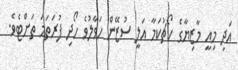
އަދި މިއީ މާޒިޔާގެ ކޯޗުކަމާ އަލީ ސުޒޭން ހަވާލުވެ ހޯދި ފުރަތަމަ ތަށްޓެވެ.